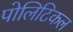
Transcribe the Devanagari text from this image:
पोलिटिकल